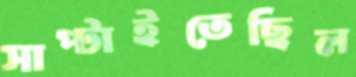
সাপ্‌টাইতেছিল